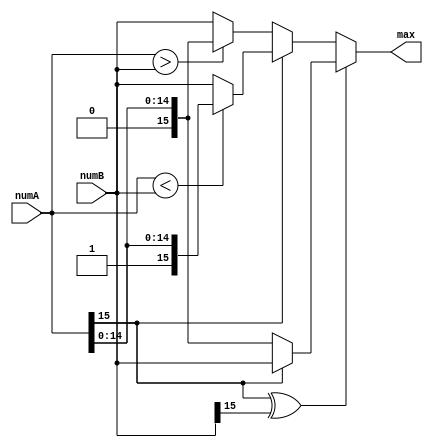
// This program was cloned from: https://github.com/bunny965/yolov5-fpga-hardware-acceleration
// License: GNU General Public License v3.0

`timescale 1ns / 1ps
//////////////////////////////////////////////////////////////////////////////////
// Company: 
// Engineer: 
// 
// Design Name: 
// Module Name: compare
// Project Name: 
// Target Devices: 
// Tool Versions: 
// Description: 
// 
// Dependencies: 
// 
// Revision:
// Revision 0.01 - File Created
// Additional Comments:
// 
//////////////////////////////////////////////////////////////////////////////////


module compare(numA,numB,max);
parameter DATA_WIDTH = 16;
input [DATA_WIDTH-1:0] numA,numB;
output reg [DATA_WIDTH-1:0] max;
wire flag;
assign flag = numA[15] ^ numB[15];
always @ (numA or numB or flag) begin
    if(flag==1'b1) begin
        if(numA[15]==1'b0) max <= numA;
        else max <= numB;
    end else begin
        if(numA[15]==1'b0) begin
            max <= numA>numB?numA:numB;
        end else begin
            max <= numA<numB?numA:numB;
        end
    end
end
endmodule